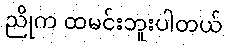
ညိုက ထမင်းဘူးပါတယ်